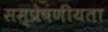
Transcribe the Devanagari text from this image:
सम्प्रेषणीयता